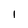
Character: I